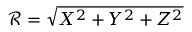
\mathcal { R } = \sqrt { X ^ { 2 } + Y ^ { 2 } + Z ^ { 2 } }